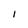
Character: l